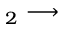
_ 2 \longrightarrow